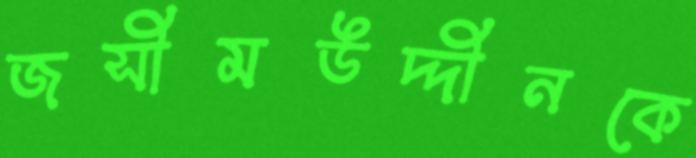
জসীমউদ্দীনকে